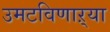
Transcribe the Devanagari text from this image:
उमटविणाऱ्या